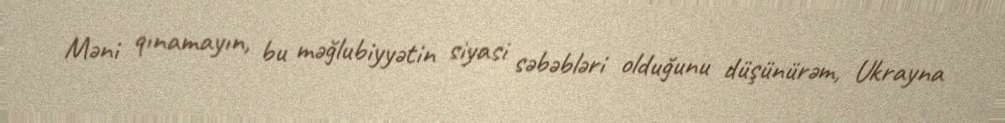
Məni qınamayın, bu məğlubiyyətin siyasi səbəbləri olduğunu düşünürəm, Ukrayna